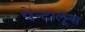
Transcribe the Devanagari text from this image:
पेन्टालून्स